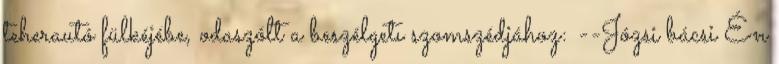
teherautó fülkéjébe, odaszólt a beszélgetı szomszédjához: --Józsi bácsi Én